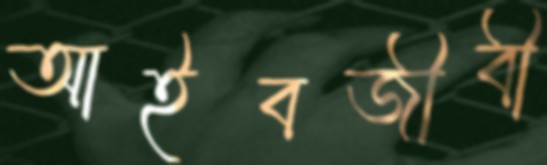
আইবজীবী